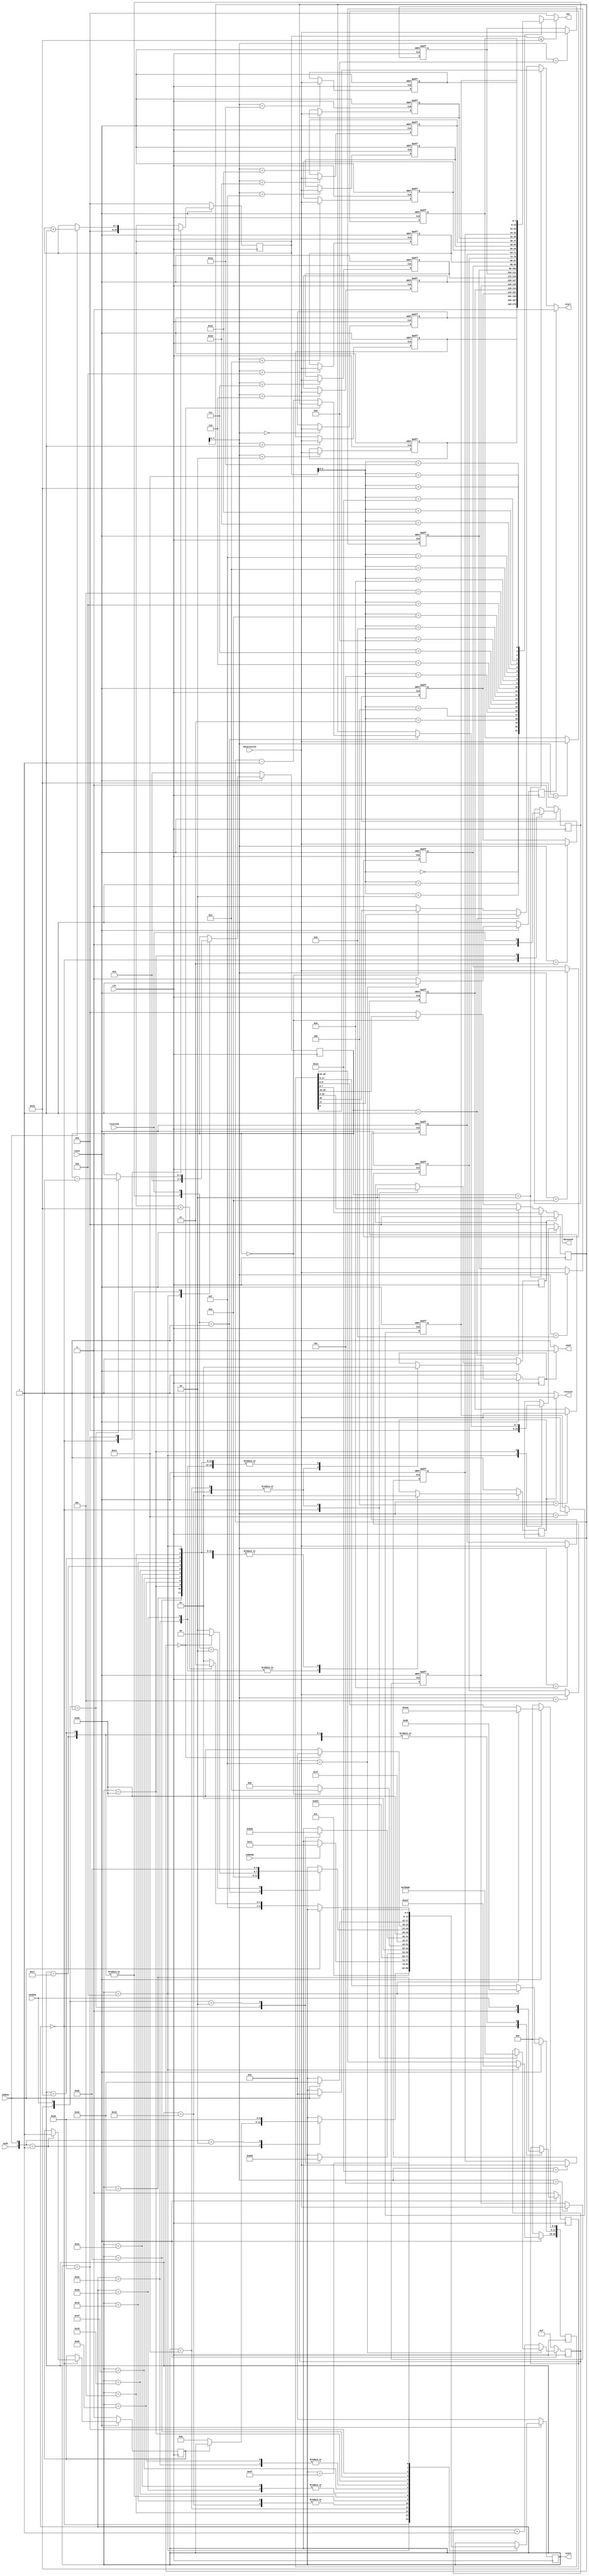
`ifdef FULL_BMP180
	`define FULL_QUERY_BMP180
`else 
	`undef FULL_QUERY_BMP180
`endif
module BMP180(
	swId, 
	swShow,
`ifdef FULL_QUERY_BMP180
	swSettings, swTemp, swGTemp, swPress, swGPress,  
`endif
	isReady,
	clk, reset, start, send, datasend, sended, receive, datareceive, received, out,
	state
);

input		wire clk;

input		wire swId;					//  -  ID  BMP180
input		wire swShow;				//  -    

`ifdef FULL_QUERY_BMP180
input		wire swSettings;			//  -    BMP180
input		wire swGTemp;				//  -     
input		wire swTemp;				//  -  
input		wire swGPress;				//  -     
input		wire swPress;				//  -  
`endif

input		wire reset;					//

input		wire isReady;				//   

output	wire start;					// 
output	wire send;					//        
output	wire receive;				//        

output	wire [7:0] datasend;		//  ,    ,         -    
input		wire sended;				//        

input		wire[7:0] datareceive;	//     -  
input		wire received;				//    

output	wire[7:0] out;				//
output 	wire[5:0] state;

localparam ADR 				= 7'h77;		//  BMP180
localparam READ				= 1'h1;		//   
localparam ADR_ID 			= 8'hD0;		//  ID 
localparam START				= 1'h1; 		//   i2c 
localparam RESTART			= 1'h1; 		//   i2c 
localparam SEND				= 1'h1; 		//
localparam RECEIVE			= 1'h1; 		//

localparam STATE_IDLE_0						= 6'd0;		//   
localparam STATE_GET_ID_11					= 6'd11;
localparam STATE_WAIT_READY_12			= 6'd12;

localparam STATE_START_DATA_SEND_20		= 6'd20;
localparam STATE_START_PREPARE_SEND_21	= 6'd21;
localparam STATE_UNLOCK_DATA_SEND_22	= 6'd22;
localparam STATE_PREPARE_SEND_23			= 6'd23;
localparam STATE_SEND_24					= 6'd24;
localparam STATE_GEN_SEND_25				= 6'd25;

localparam STATE_PREPARE_SEND_TO_GET_30= 6'd30;
localparam STATE_SEND_TO_GET_31			= 6'd31;
localparam STATE_GEN_RECEIVE_32			= 6'd32;

localparam STATE_PREPARE_GET_40			= 6'd40;
localparam STATE_GET_41						= 6'd41;
localparam STATE_GEN_RECEIVE_42			= 6'd42;
localparam STATE_END_43						= 6'd43;

localparam STATE_PREPARE_SHOW_61			= 6'd61;
localparam STATE_SHOW_62					= 6'd62;
localparam STATE_SHOW_END_63				= 6'd63;

localparam DELAY_START		= 16'h000F;
localparam NULL_16			= 16'h0000;
localparam NULL_8				= 8'h00;

localparam MAX_DATA			= 8'd21;

reg[26:0] 	data;

reg[5:0] 	stateFSM;
reg[15:0]	delayStart;
reg[2:0]		pCommand;
reg[7:0]		pData;
reg[7:0]		pOut;
reg[7:0]		Data	[MAX_DATA:0];
reg 			lastSended;
reg 			lastReceived;
reg 			singleQuery;				//  

integer i;

reg 			lockDataSend;
reg 			lockStart;
reg 			lockSend;
reg 			lockReceive;

//  data     ID  
//	 08 07 06 05 04 03 02 01 00
//  S  D6 D5 D4 D3 D2 D1 D0 R/W
//  26   25 24 23 22 21 20 19  18  
//[ S]  [ADR                ]  [R]  
//  17   16 15 14 13 12 11 10  09
//[!S]  [ADR_ID                  ] 
//  08   07 06 05 04 03 02 01  00
//[ S]  [ADR                ]  [W]
assign datasend = !lockDataSend ? ( (pCommand==2) ? data[7:0] : (pCommand==1) ? data[16:9] : (pCommand==0) ? data[25:18] : NULL_8 ) : NULL_8;
assign start    = !lockStart    ? ( (pCommand==2) ? data[8]   : (pCommand==1) ? data[17]   : (pCommand==0) ? data[26]    : !START ) : !START;

assign send 	=  !lockSend 		? SEND 		: !SEND;
assign receive =  !lockReceive 	? RECEIVE 	: !RECEIVE;

assign out = (pOut <= MAX_DATA)? Data[pOut]: NULL_8;

assign state = stateFSM;

always@(posedge clk)
begin
//     
if (!reset) 
	begin
		stateFSM 			<= STATE_IDLE_0;		// 
		singleQuery		<= 1'b0;				//   
		
		lastSended		<= 1'b0;	
		lastReceived	<= 1'b0;
		
		pCommand 		<= 2'd2;			
		pData				<= NULL_8;	

		data				<= 26'd0;
		pOut				<= NULL_8;
	end
else
	begin
		case (stateFSM)
			STATE_IDLE_0:begin
`ifdef FULL_QUERY_BMP180				
				case({swId, swSettings, swTemp, swPress, swGTemp, swGPress, swShow})
							7'b1011111,
							7'b1101111,
							7'b1110111,
							7'b1111011,
							7'b1111101:
							begin
								stateFSM <= STATE_IDLE_0;	
							end
							7'b0111111:
`else							
				case({swId, swShow})
							2'b01:
`endif
							begin
								if (!singleQuery)									//  
									begin
										begin
											stateFSM 		<= STATE_GET_ID_11;	//       I2C 
											singleQuery	<= 1'b1;
										end
								end
							end
`ifdef FULL_QUERY_BMP180						
							7'b1111110:
`else	
							2'b10:
`endif
							begin
								stateFSM <= STATE_PREPARE_SHOW_61;	
							end
				endcase

				lastSended		<= 1'b0;
				lastReceived	<= 1'b0;
				pOut				<= NULL_8;
			end
			STATE_GET_ID_11: begin							// ,             
				stateFSM 	<= STATE_WAIT_READY_12;		//      I2C
				data[8:0]	<=	{START,ADR,!READ};
				data[17:9]	<=	{!START,ADR_ID};
				data[26:18]	<=	{RESTART,ADR, READ};				
				pData			<= 8'd0;
				pCommand 	<= 2'd2;	
			end		
			STATE_WAIT_READY_12:begin						//      I2C,          
				if (isReady) 
				begin						
					stateFSM 	<= STATE_START_DATA_SEND_20;
				end
			end			
			STATE_START_DATA_SEND_20:begin				//       start   				
																	//    
					stateFSM 	<= STATE_START_PREPARE_SEND_21;
			end
			STATE_UNLOCK_DATA_SEND_22,
			STATE_GEN_SEND_25:begin
				stateFSM 	<= STATE_PREPARE_SEND_23;
			end
			STATE_START_PREPARE_SEND_21,
			STATE_PREPARE_SEND_23:begin					//   i2c           
				case ({lastSended,sended})					//    
					2'b01: begin
								stateFSM 	<= STATE_GEN_SEND_25;										
								pCommand <= pCommand - 2'd1;										
							 end
					2'b10: begin
								stateFSM 	<= STATE_SEND_24;																		
							 end
				endcase
				lastSended <= sended;
			end
			STATE_SEND_24:begin								//        
					if(pCommand == 2'd0)
						begin
							//        . 
							//        Sended,        
							stateFSM <= STATE_PREPARE_SEND_TO_GET_30;   	
						end
					else 	
						stateFSM <= STATE_UNLOCK_DATA_SEND_22;
			end
			
			STATE_PREPARE_SEND_TO_GET_30,
			STATE_GEN_RECEIVE_32:begin
					stateFSM 	<= STATE_SEND_TO_GET_31;
			end
			STATE_SEND_TO_GET_31:begin
				case ({lastSended,sended})				//    
					2'b01: begin
								stateFSM 	<= STATE_GEN_RECEIVE_32;	
							 end
					2'b10: begin
								stateFSM 	<= STATE_PREPARE_GET_40;																		
							 end
				endcase				
				lastSended <= sended;	
			end
	
	
			STATE_PREPARE_GET_40,
			STATE_GEN_RECEIVE_42:begin
					stateFSM 	<= STATE_GET_41;
			end		
			STATE_GET_41:begin
				case ({lastReceived,received})				//    
					2'b01: begin
								if (pData == 8'h00)
										stateFSM <= STATE_PREPARE_GET_40;
								else 
									begin
										stateFSM <= STATE_GEN_RECEIVE_42;	
										pData <= pData - 8'd1;	
									end
							 end
					2'b10: begin
								stateFSM 	<= STATE_END_43;																		
							 end
				endcase				
				lastReceived	<= received;	
			end
			STATE_END_43:begin
					if (pData == 8'h00)
						stateFSM <= STATE_IDLE_0;
					else 	
						stateFSM <= STATE_GET_41;
			end
			STATE_PREPARE_SHOW_61:begin
					if (swShow)
					begin
						pOut 		<= pOut + 8'd1;
						stateFSM <= STATE_SHOW_62;
					end
			end
			STATE_SHOW_62: begin
					if (!swShow)
					begin
						stateFSM <= (pOut == MAX_DATA) ? STATE_SHOW_END_63 : STATE_PREPARE_SHOW_61;
					end
			end
			STATE_SHOW_END_63: begin
					if (swShow)
					begin
						stateFSM <= STATE_IDLE_0;
					end
			end
		endcase
	end	
end

always@(posedge clk)
begin
	if (!reset)
		begin
			lockDataSend	<= 1'b1;				//  
			lockStart		<= 1'b1;				//  start
			lockSend			<= 1'b1;				//  
			lockReceive		<= 1'b1;				//  start
			delayStart		<= DELAY_START;
			
		end
	else
		begin
			case (stateFSM)	
				STATE_IDLE_0:begin					
						lockDataSend	<= 1'b1;				//  
						lockStart		<= 1'b1;				//  start
						lockSend			<= 1'b1;				//  
						lockReceive		<= 1'b1;				//  start
						delayStart		<= DELAY_START;	
				end
				STATE_START_DATA_SEND_20,
				STATE_GEN_SEND_25:begin		//      I2C,          
						lockDataSend	<= 1'b0;				//  
						delayStart	<= NULL_16;	
						lockSend		<= 1'b0;	
						lockReceive	<= 1'b1;
				end	
				STATE_GEN_RECEIVE_32,				
				STATE_GEN_RECEIVE_42:begin
					lockSend		<= 1'b1;
					lockReceive	<= 1'b0;
				end
				STATE_GET_ID_11,		
				STATE_WAIT_READY_12,
				STATE_START_PREPARE_SEND_21,	
				STATE_UNLOCK_DATA_SEND_22,			
				STATE_PREPARE_SEND_23,
				STATE_SEND_24,	
				STATE_PREPARE_SEND_TO_GET_30,
				STATE_SEND_TO_GET_31,
				STATE_PREPARE_GET_40,
				STATE_GET_41,
				STATE_END_43,
				STATE_SHOW_62:begin
						lockSend		<= 1'b1;
						lockReceive	<= 1'b1;
				end			
			endcase	
			if(delayStart == DELAY_START) 	  //
				begin		
					lockStart	<= 1'b1;	  //  start
				end
			else
				begin
					delayStart <= delayStart + 16'd1;	
					lockStart 	<= 1'b0;	  //  start
				end
		
		end 
end	

always@(posedge clk or negedge reset )
begin
	if(!reset)
		begin
			for(i=0;i<=MAX_DATA;i=i+1)
				Data[i] = NULL_8;
		end
	else
		begin
			Data[pData] <= datareceive;
		end
end


endmodule